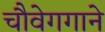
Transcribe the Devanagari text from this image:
चौवेगगाने